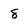
Character: 8